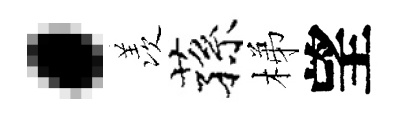
·羡蓀梯望